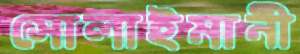
সোলাইমানী